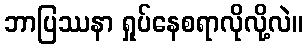
ဘာပြဿနာ ရှုပ်နေစရာလိုလို့လဲ။